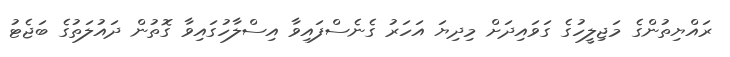
ރައްޔިތުންގެ މަޖިލީހުގެ ގަވައިދަށް މިދިޔަ އަހަރު ގެނެސްފައިވާ އިސްލާހުގައިވާ ގޮތުން ދައުލަތުގެ ބަޖެޓު